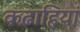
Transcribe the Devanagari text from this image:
कढ़ाहियां